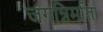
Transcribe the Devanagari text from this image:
जगन्निर्माता